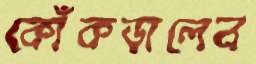
কোঁকড়ালেন